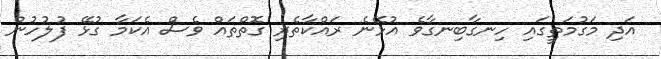
އަދި މަގުމަތީގައި ހިނގާބިނގާވެ އުޅޭނެ ރައްކާތެރި ގޮތްތައް ވެސް އެކަމާ ގުޅޭ ފުލުހުން